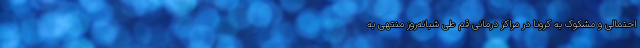
احتمالی و مشکوک به کرونا در مراکز درمانی قم طی شبانه‌روز منتهی به